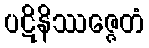
ပဋိနိဿဇ္ဇေတံ